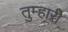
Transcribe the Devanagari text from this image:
तुम्हारीे